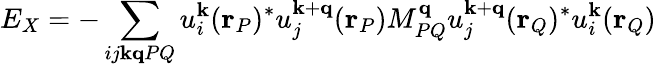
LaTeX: E_{X}=-\sum_{ij\mathbf{k}\mathbf{q}PQ}u_{i}^{\mathbf{k}}(\mathbf{r}_{P})^{*}u_{j}^{\mathbf{k}+\mathbf{q}}(\mathbf{r}_{P})M_{PQ}^{\mathbf{q}}u_{j}^{\mathbf{k}+\mathbf{q}}(\mathbf{r}_{Q})^{*}u_{i}^{\mathbf{k}}(\mathbf{r}_{Q})